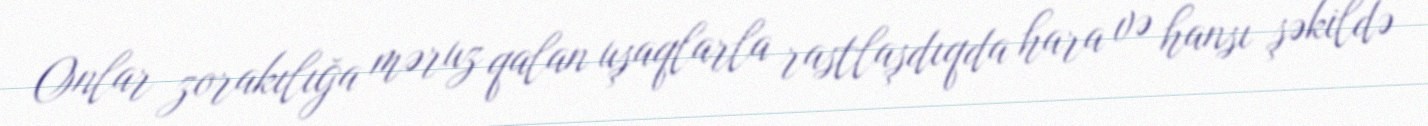
Onlar zorakılığa məruz qalan uşaqlarla rastlaşdıqda hara və hansı şəkildə